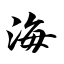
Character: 海